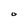
Character: 0